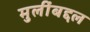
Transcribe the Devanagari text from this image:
मुलींबद्दल